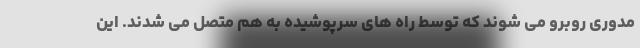
مدوری روبرو می شوند که توسط راه های سرپوشیده به هم متصل می شدند. این